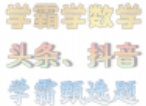
学霸数学

头条、抖音

学霸题选题